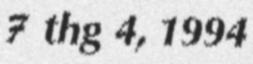
7 thg 4, 1994